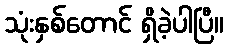
သုံးနှစ်တောင် ရှိခဲ့ပါပြီ။